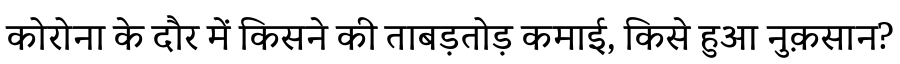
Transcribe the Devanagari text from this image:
कोरोना के दौर में किसने की ताबड़तोड़ कमाई, किसे हुआ नुक़सान?